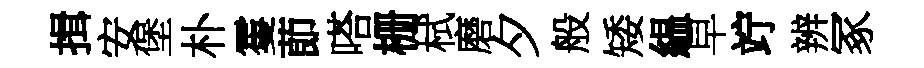
揖安堡朴䨥莭嗒栅栻磨夕般矮緼早竚辨冢